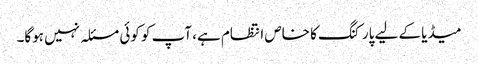
میڈیا کے لیے پارکنگ کا خاص انتظام ہے، آپ کو کوئی مسئلہ نہیں ہوگا۔